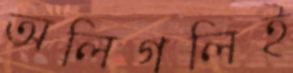
অলিগলিই